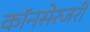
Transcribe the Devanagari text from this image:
कॉनसेरजरी